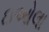
ઇઓલા